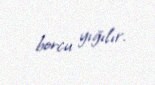
borcu yığılır.